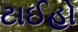
ટાઈહો